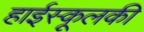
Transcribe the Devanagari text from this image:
हाईस्कूलकी